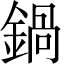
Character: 鍋